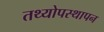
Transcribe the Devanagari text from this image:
तथ्योपस्थापन